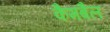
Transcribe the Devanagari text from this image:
कैमबैल